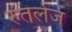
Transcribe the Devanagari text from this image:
रुतलेज